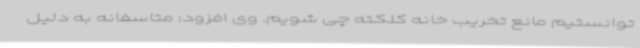
توانستیم مانع تخریب خانه کلکته چی شویم. وی افزود: متاسفانه به دلیل